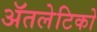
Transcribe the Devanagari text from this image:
ॲतलेटिको